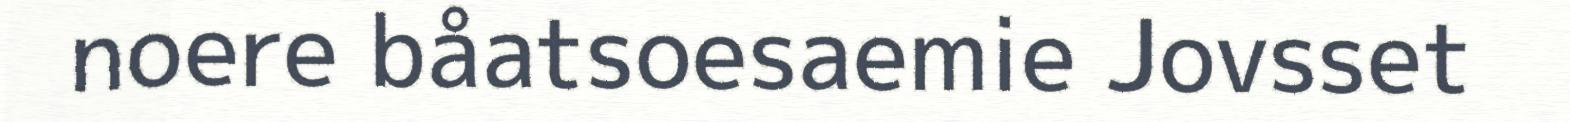
noere båatsoesaemie Jovsset